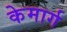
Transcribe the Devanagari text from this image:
केमार्ग